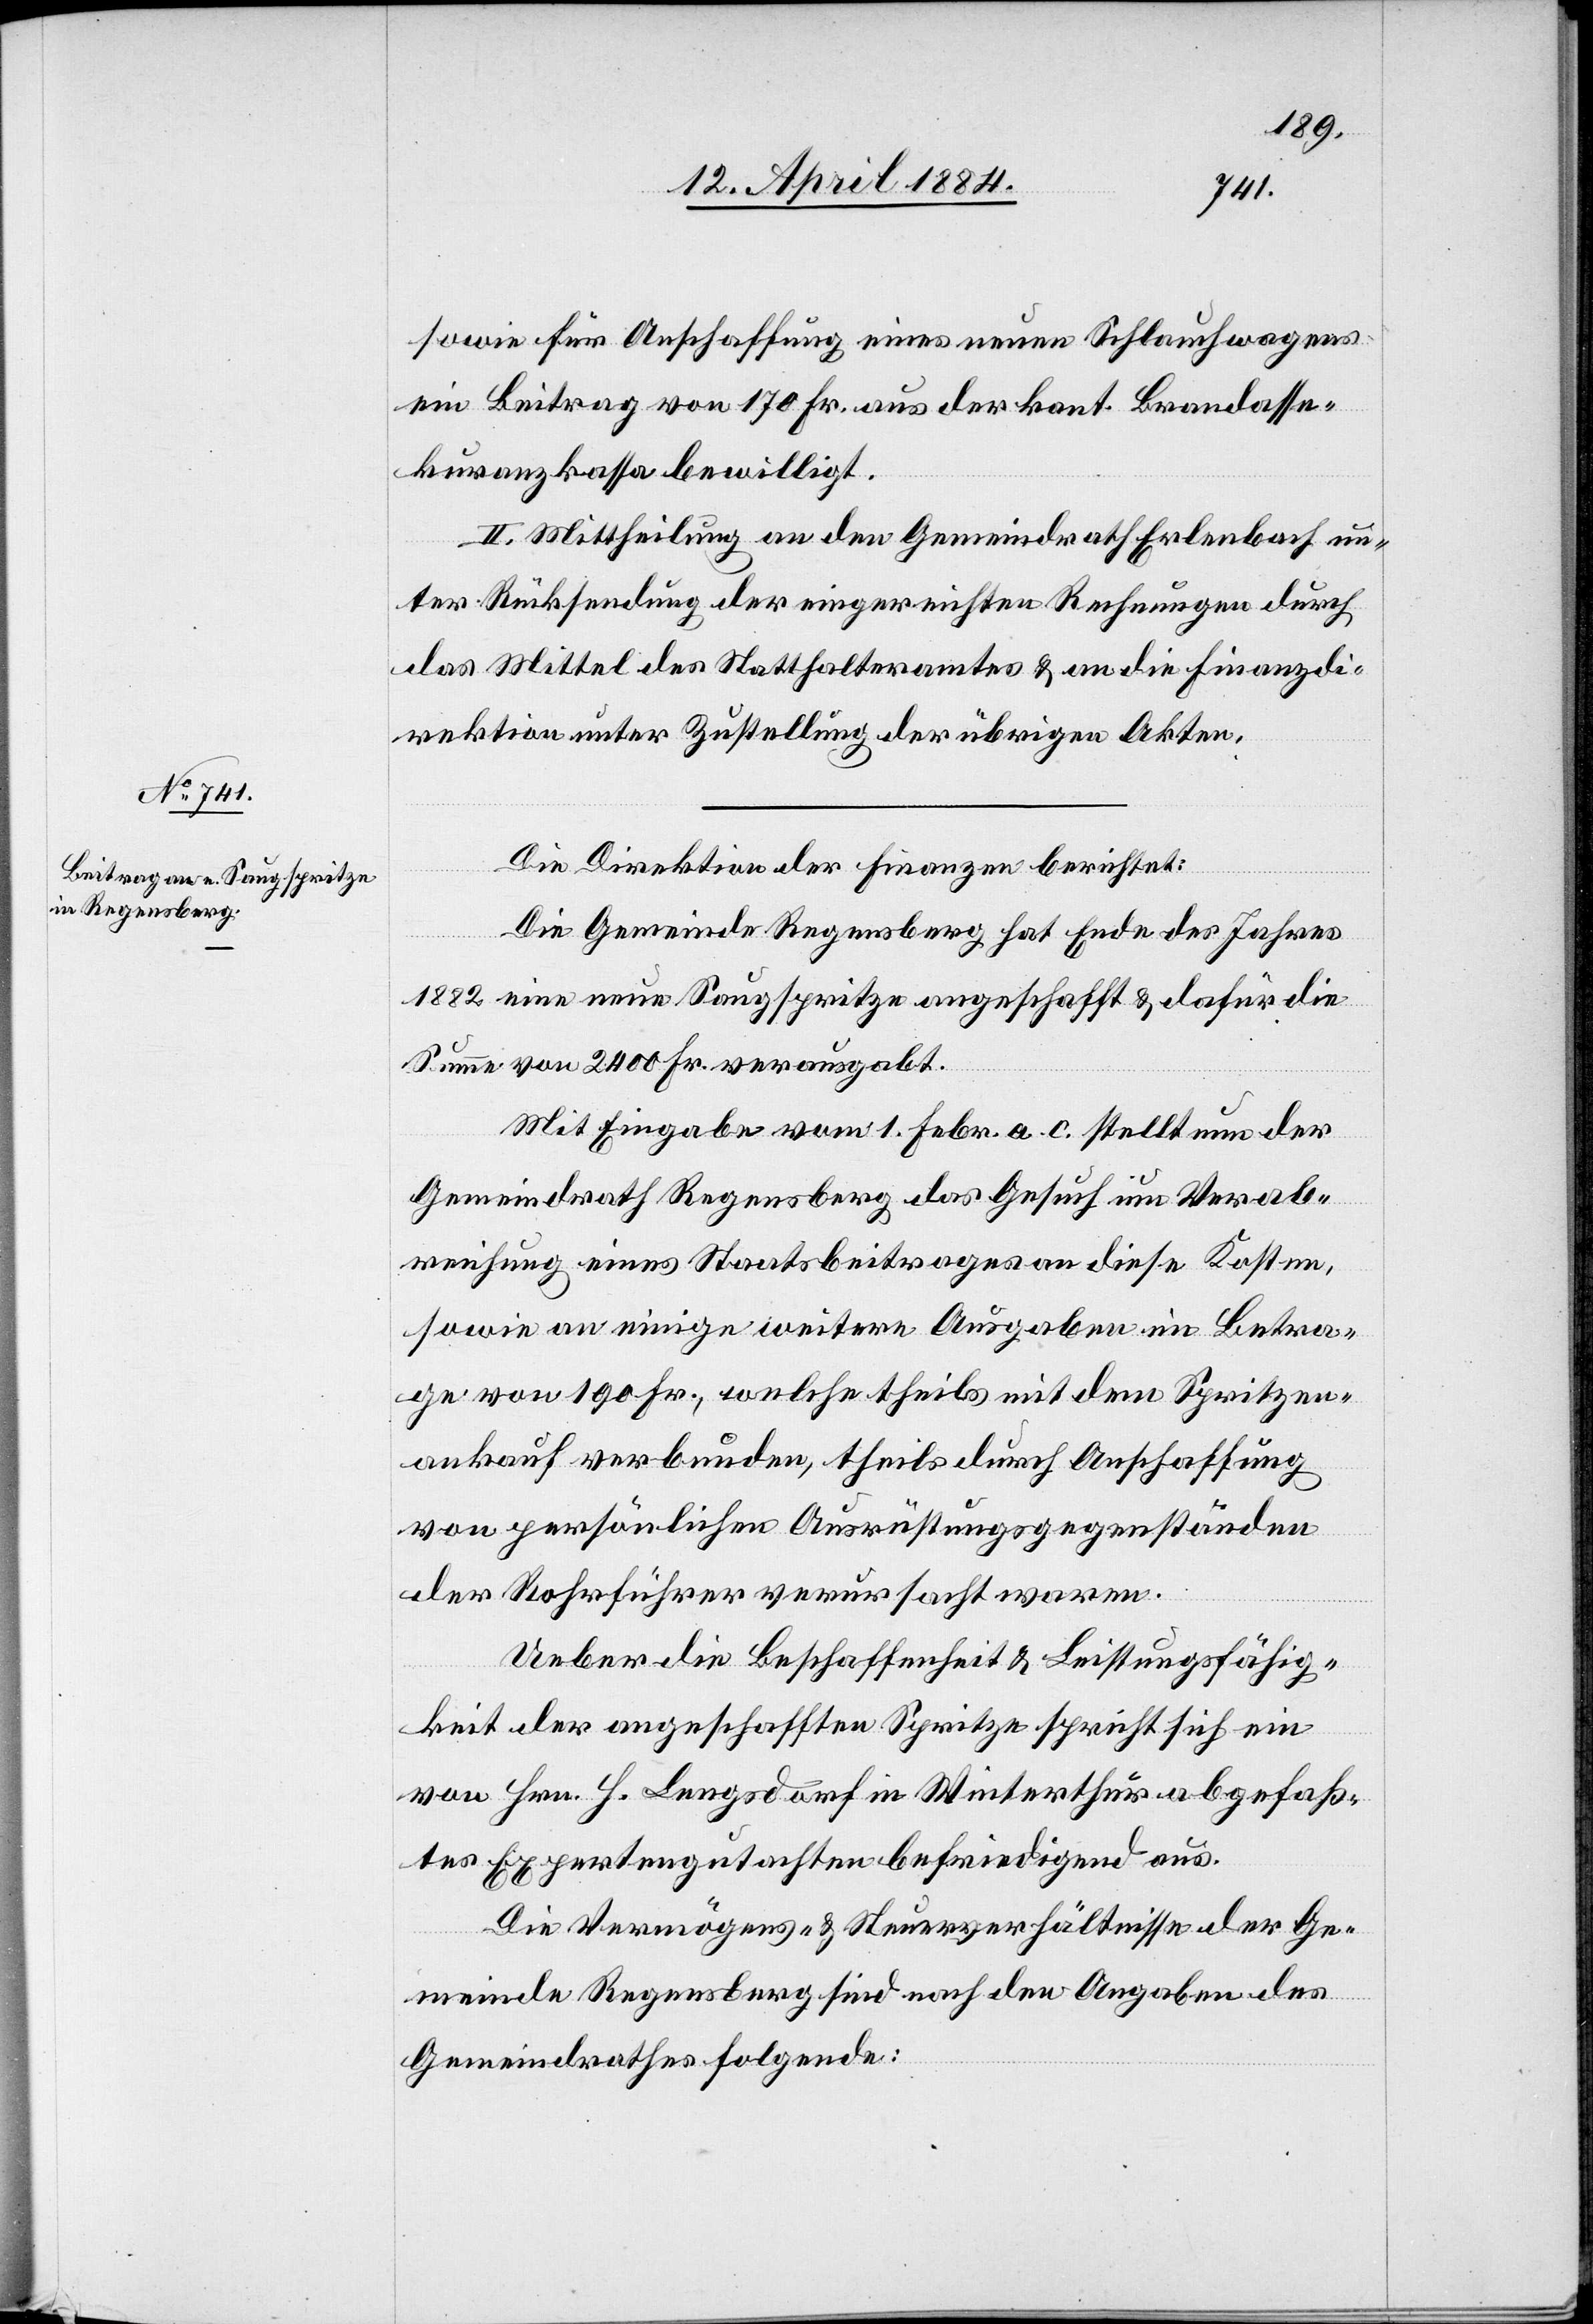
sowie für Anschaffung eines neuen Schlauchwagens
ein Beitrag von 170 Fr. aus der kant. Brandasse¬
kuranzkassa bewilligt.
II. Mittheilung an den Gemeindrath Erlenbach un¬
ter Rücksendung der eingereichten Rechnungen durch
das Mittel des Statthalteramtes & an die Finanzdi¬
rektion unter Zustellung der übrigen Akten.
Die Direktion der Finanzen berichtet:
Die Gemeinde Regensberg hat Ende des Jahres
1882 eine neue Saugspritze angeschafft & dafür die
Summe von 2400 Fr. verausgabt.
Mit Eingabe vom 1. Febr. a. c. stellt nun der
Gemeindrath Regensberg das Gesuch um Verab¬
reichung eines Staatsbeitrages an diese Kosten,
sowie an einige weitere Ausgaben im Betra¬
ge von 190 Fr., welche theils mit dem Spritzen¬
ankauf verbunden, theils durch Anschaffung
von persönlichen Ausrüstungsgegenständen
der Rohrführer verursacht waren.
Ueber die Beschaffenheit & Leistungsfähig¬
keit der angeschafften Spritze spricht sich ein
von Hrn. H. Lengsdorf in Winterthur abgefaß¬
tes Expertengutachten befriedigend aus.
Die Vermögens- & Steuerverhältnisse der Ge¬
meinde Regensberg sind nach den Angaben des
Gemeindrathes folgende: